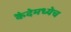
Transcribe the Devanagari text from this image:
कैदेमध्येच